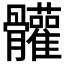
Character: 𩪼